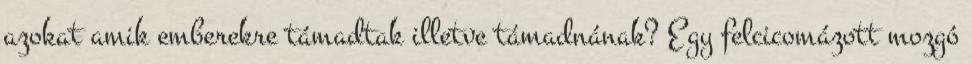
azokat amik emberekre támadtak illetve támadnának? Egy felcicomázott mozgó